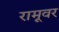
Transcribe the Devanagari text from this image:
रामूवर